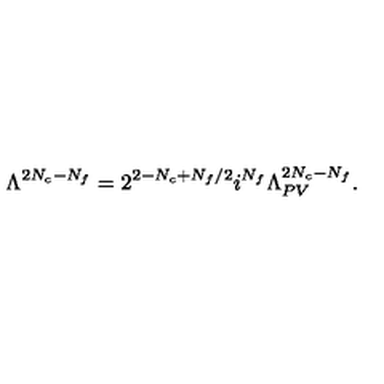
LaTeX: \Lambda ^ { 2 N _ { c } - N _ { f } } = 2 ^ { 2 - N _ { c } + N _ { f } / 2 } i ^ { N _ { f } } \Lambda _ { P V } ^ { 2 N _ { c } - N _ { f } } .